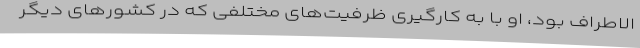
الاطراف بود، او با به کارگیری ظرفیت‌های مختلفی که در کشورهای دیگر